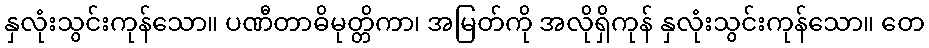
နှလုံးသွင်းကုန်သော။ ပဏီတာဓိမုတ္တိကာ၊ အမြတ်ကို အလိုရှိကုန် နှလုံးသွင်းကုန်သော။ တေ